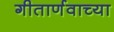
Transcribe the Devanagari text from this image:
गीतार्णवाच्या